65_HS1-834228961_62-HQ-83894_Section_2
Agency: FBI
Page 51
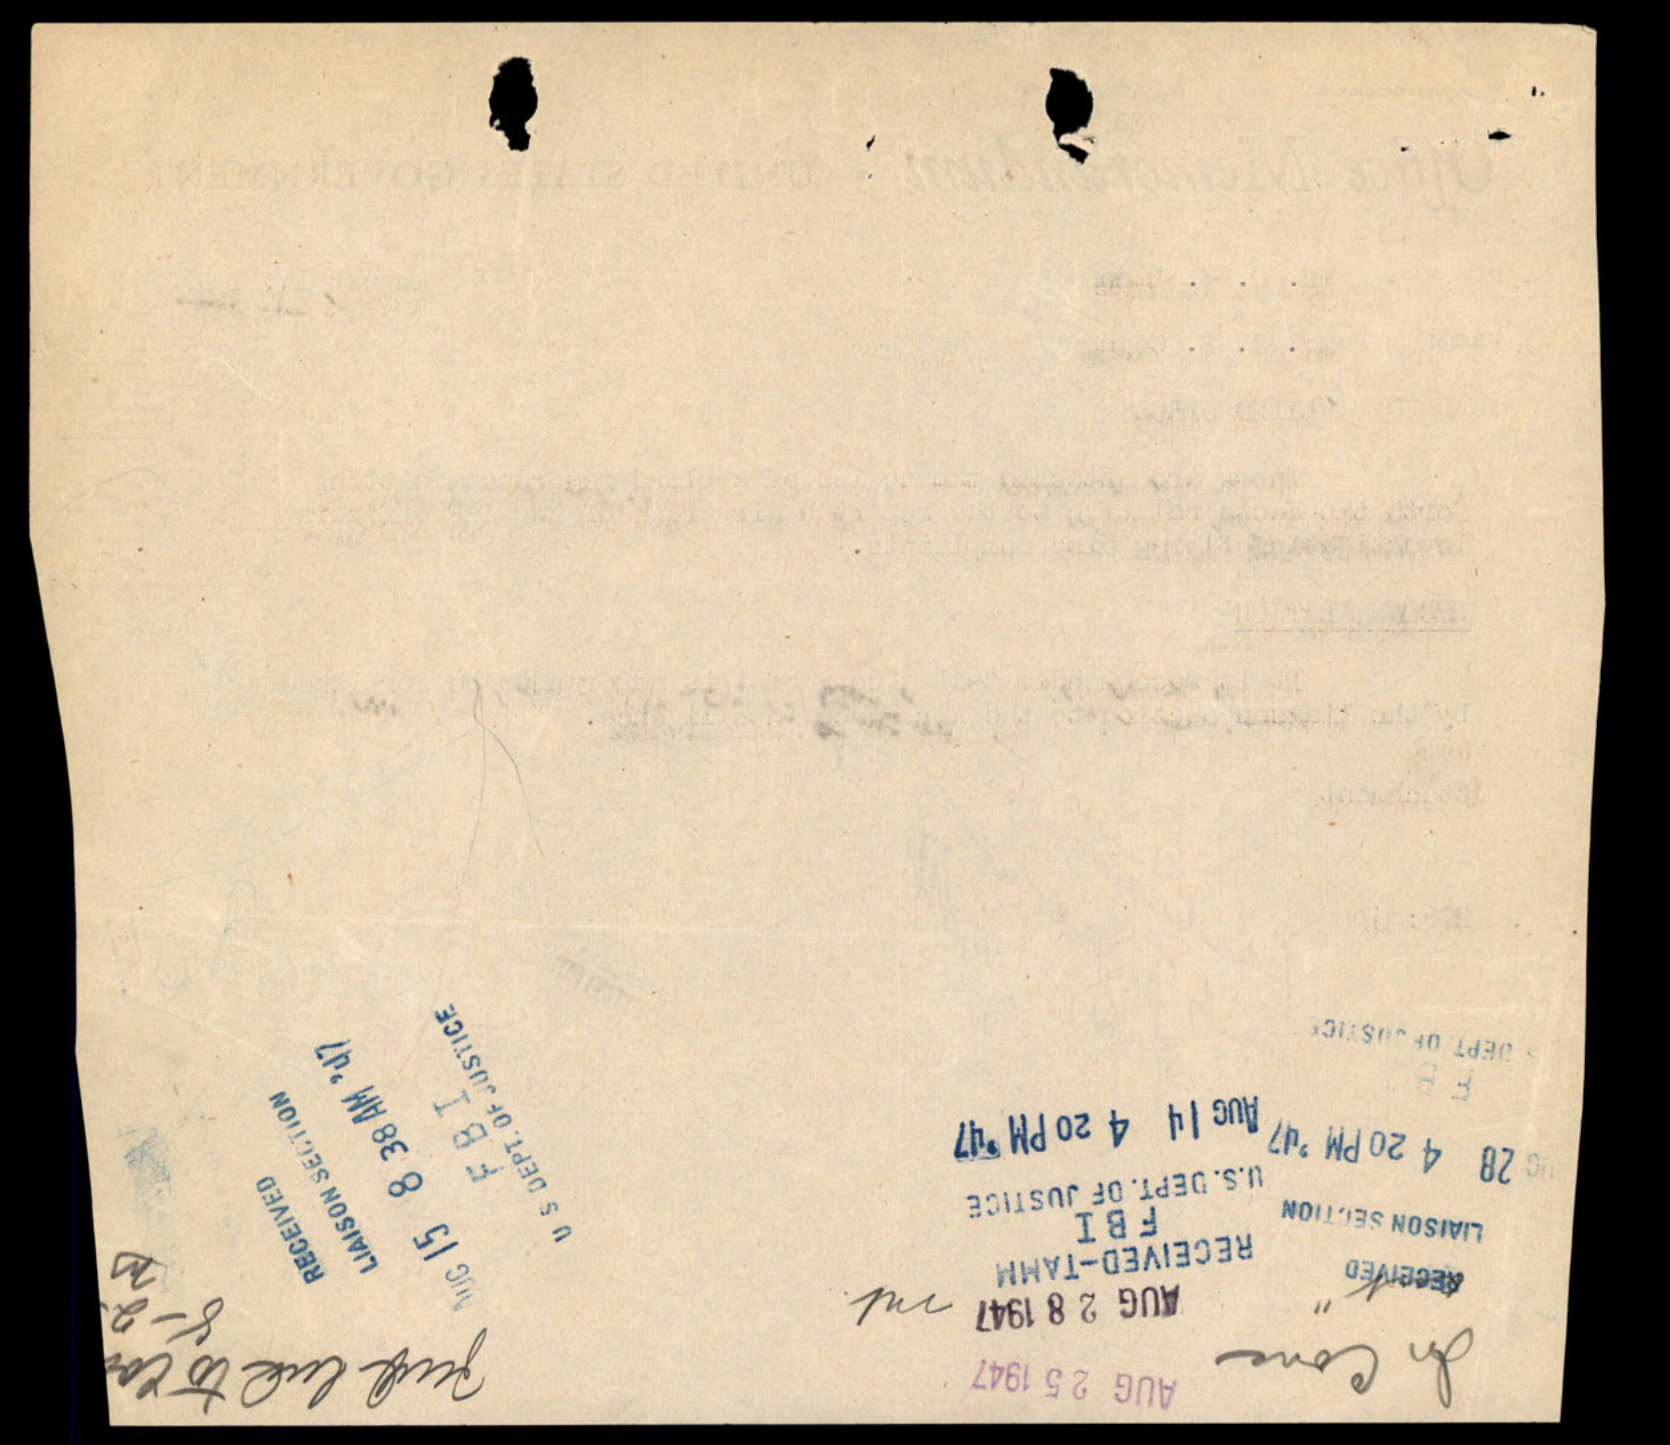